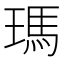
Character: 瑪